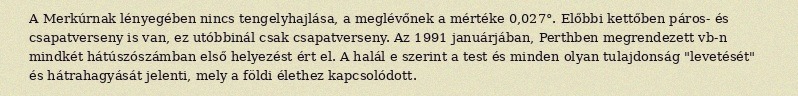
A Merkúrnak lényegében nincs tengelyhajlása, a meglévőnek a mértéke 0,027°. Előbbi kettőben páros- és csapatverseny is van, ez utóbbinál csak csapatverseny. Az 1991 januárjában, Perthben megrendezett vb-n mindkét hátúszószámban első helyezést ért el. A halál e szerint a test és minden olyan tulajdonság "levetését" és hátrahagyását jelenti, mely a földi élethez kapcsolódott.